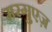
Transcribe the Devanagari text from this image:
मरगुएज़